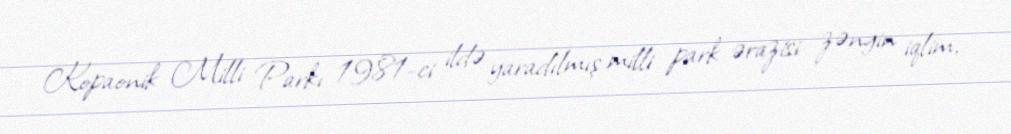
Kopaonik Milli Parkı 1981-ci ildə yaradılmış milli park ərazisi zəngin iqlim,